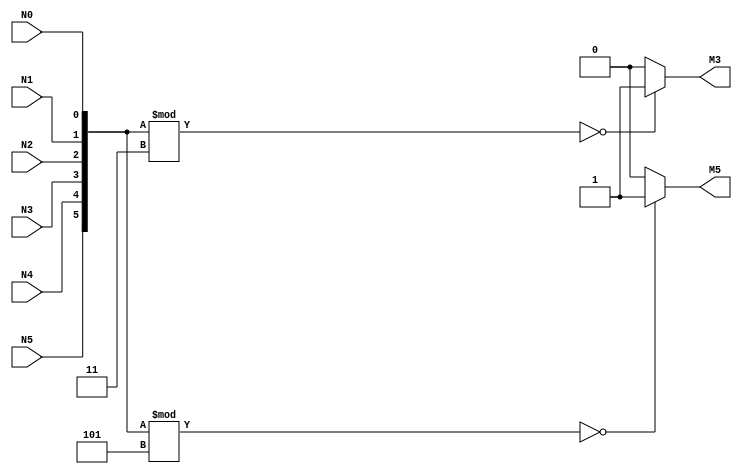
/* ***************************************************************\
| Name of program : MultipleOf3or5
| Author : Charles Heckel
| Date Created : 6/04/2018
| Date last updated : 6/04/2018
| Function : determines if the combination of 6 input bits creates
|		a binary number that is divisible by 3 and/or 5
| Method : performs arithmetic manipulation to create a decimal
|		number from the 6bits, then preforms terinary operations in
|		continuous assignment statements
| Inputs :	N5		- MSB
|				N4-1	- bits of a binary number
|				N0		- LSB
| Output : 	M3		- single bit boolean flag for divisibility with 3
| 				M5		- single bit boolean flag for divisibility with 5
| Additional Comments : (Extras)
\*****************************************************************/

module MultipleOf3or5(N5, N4, N3, N2, N1, N0, M3, M5);
  // variables
  input N5, N4, N3, N2, N1, N0;
  output M3, M5;
  wire [5:0] decimalRep = { N5, N4, N3, N2, N1, N0 };


  // Implementation
  assign M3 = (decimalRep%3 == 0 ? 1'b1 : 1'b0); // modulo3 boolean for output
  assign M5 = (decimalRep%5 == 0 ? 1'b1 : 1'b0); // modulo5 boolean for output

endmodule